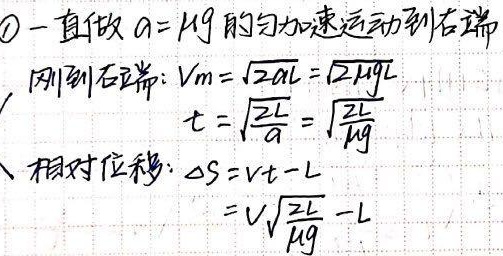
\textcircled{1} 一直做 \(a = \mu g\) 的匀加速运动到右端，刚到右端：
\(V_m=\sqrt{2aL}=\sqrt{2\mu gL}\)
\(t = \sqrt{\frac{2L}{a}}=\sqrt{\frac{2L}{\mu g}}\)
相对位移：\(\Delta S = vt - L\)
\(=v\sqrt{\frac{2L}{\mu g}} - L\)